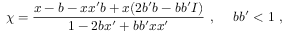
\chi = \frac { x - b - x x ^ { \prime } b + x ( 2 b ^ { \prime } b - b b ^ { \prime } I ) } { 1 - 2 b x ^ { \prime } + b b ^ { \prime } x x ^ { \prime } } ~ , ~ ~ ~ ~ b b ^ { \prime } < 1 ~ ,